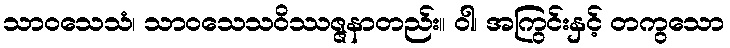
သာဝသေသံ၊ သာဝသေသဝိဿဇ္ဇနာတည်း။ ဝါ၊ အကြွင်းနှင့် တကွသော